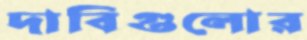
দাবিগুলোর